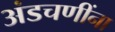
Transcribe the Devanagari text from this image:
अंडचणींना